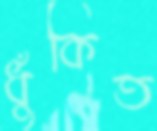
ধুঁকিত